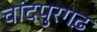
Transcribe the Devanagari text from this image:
चांदपुरगढ़